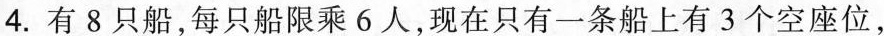
4.有8只船，每只船限乘6人，现在只有一条船上有3个空座位，